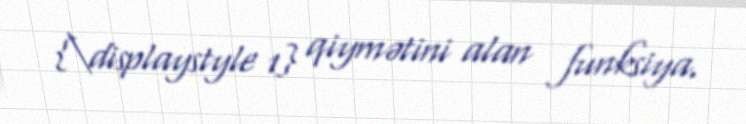
{\displaystyle 1} qiymətini alan funksiya.